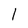
Character: l